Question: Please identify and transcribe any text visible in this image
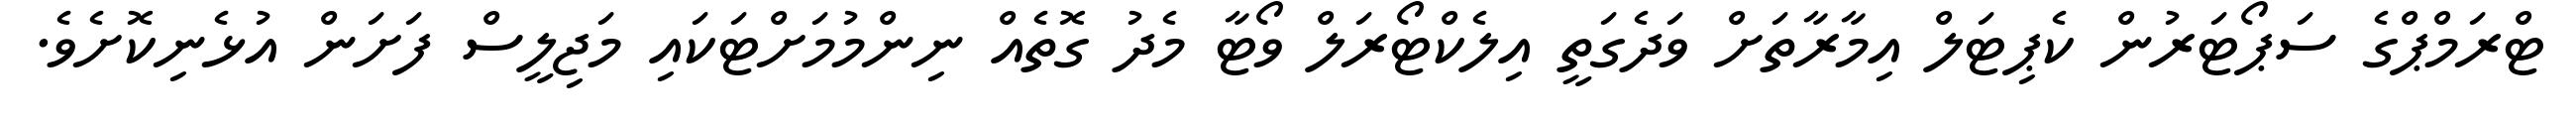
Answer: ޓްރަމްޕްގެ ސަޕޯޓަރުން ކެޕިޓަލް އިމާރާތަށް ވަދެގަތީ އިލެކްޓޯރަލް ވޯޓާ މެދު ގޮތެއް ނިންމުމަށްޓަކައި މަޖިލީސް ފަށަން އުޅެނިކޮށެވެ.